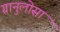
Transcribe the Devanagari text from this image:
ग्रानुलोसा